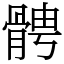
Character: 𩩍